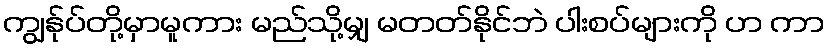
ကျွန်ုပ်တို့မှာမူကား မည်သို့မျှ မတတ်နိုင်ဘဲ ပါးစပ်များကို ဟ ကာ